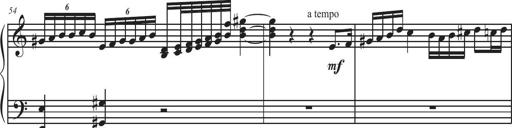
Title: Sonatina Espania
Composer: Jerald Franklin Archer
Key: Various